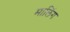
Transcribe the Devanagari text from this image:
मालिंग